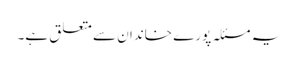
یہ مسئلہ پورے خاندان سے متعلق ہے۔